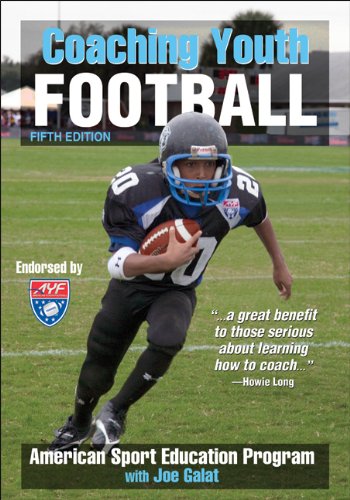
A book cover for Coaching Youth Football - 5th Edition (Coaching Youth Sports); American Sport Education Program; Sports & Outdoors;